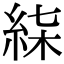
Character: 𥿴